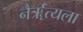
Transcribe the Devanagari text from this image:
नैर्ॠत्यला